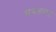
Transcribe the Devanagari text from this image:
घबडाहट